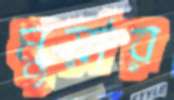
মুয়ার